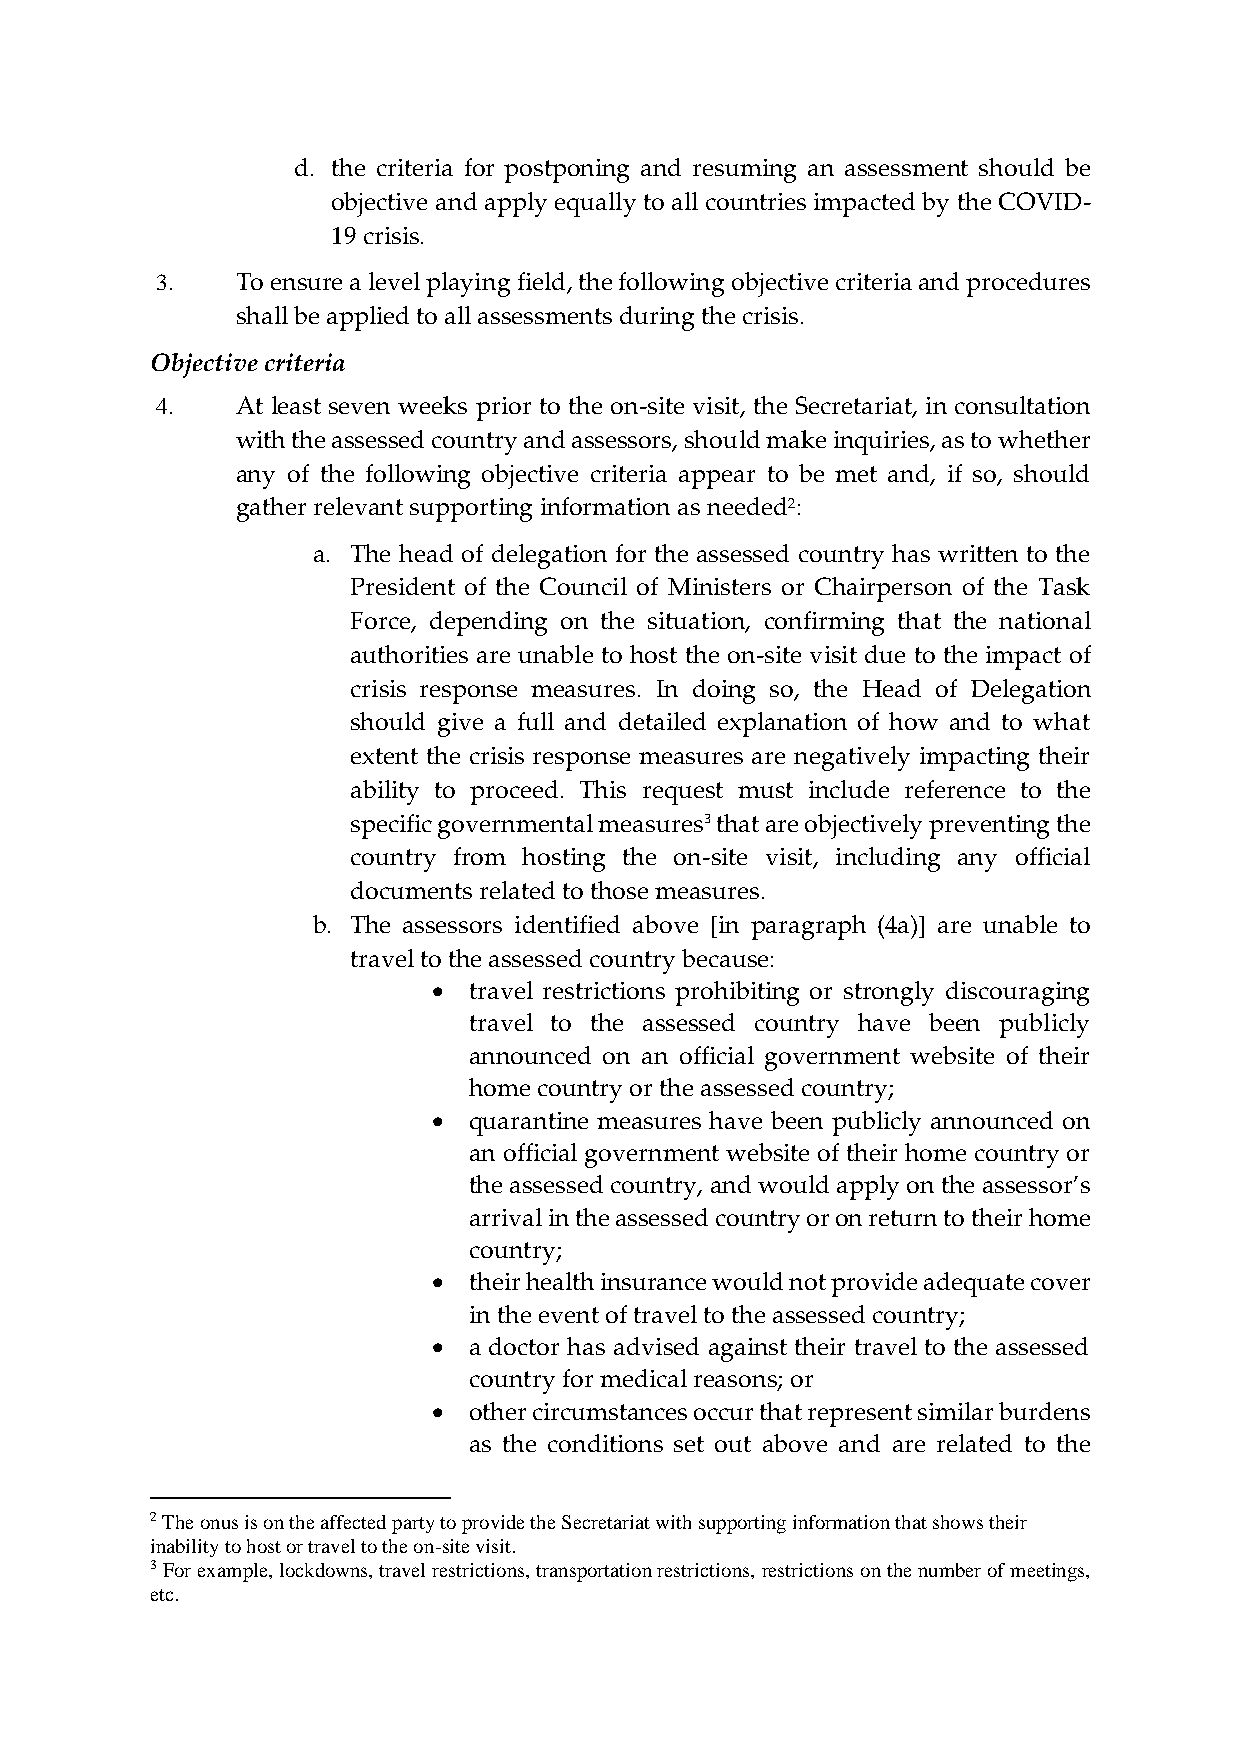
d. the criteria for postponing and resuming an assessment should be
 objective and apply equally to all countries impacted by the COVID-
 19 crisis.
 3.    To ensure a level playing field, the following objective criteria and procedures
 shall be applied to all assessments during the crisis.
 Objective criteria
 4.    At least seven weeks prior to the on-site visit, the Secretariat, in consultation
 with the assessed country and assessors, should make inquiries, as to whether
 any of the following objective criteria appear to be met and, if so, should
 gather relevant supporting information as needed2:
 a. The head of delegation for the assessed country has written to the
 President of the Council of Ministers or Chairperson of the Task
 Force, depending on the situation, confirming that the national
 authorities are unable to host the on-site visit due to the impact of
 crisis response measures. In doing so, the Head of Delegation
 should give a full and detailed explanation of how and to what
 extent the crisis response measures are negatively impacting their
 ability to proceed. This request must include reference to the
 specific governmental measures3 that are objectively preventing the
 country from hosting the on-site visit, including any official
 documents related to those measures.
 b. The assessors identified above [in paragraph (4a)] are unable to
 travel to the assessed country because:
 • travel restrictions prohibiting or strongly discouraging
 travel to the assessed country have been publicly
 announced on an official government website of their
 home country or the assessed country;
 • quarantine measures have been publicly announced on
 an official government website of their home country or
 the assessed country, and would apply on the assessor’s
 arrival in the assessed country or on return to their home
 country;
 • their health insurance would not provide adequate cover
 in the event of travel to the assessed country;
 • a doctor has advised against their travel to the assessed
 country for medical reasons; or
 • other circumstances occur that represent similar burdens
 as the conditions set out above and are related to the
 2 The onus is on the affected party to provide the Secretariat with supporting information that shows their
 inability to host or travel to the on-site visit.
 3 For example, lockdowns, travel restrictions, transportation restrictions, restrictions on the number of meetings,
 etc.